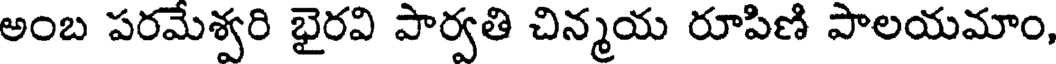
అంబ పరమేశ్వరి భైరవి పార్వతి చిన్మయ రూపిణి పాలయమాం,